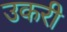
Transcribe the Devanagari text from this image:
उकरी